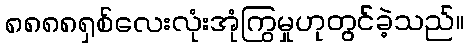
၈၈၈၈ရှစ်လေးလုံးအုံကြွမှုဟုတွင်ခဲ့သည်။